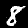
Label: 8